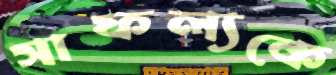
সাফল্যকে